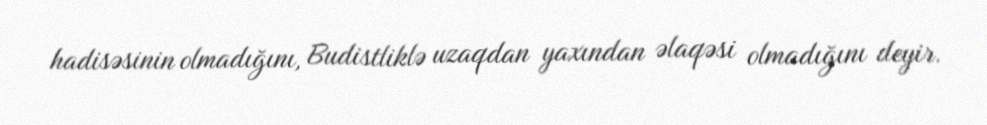
hadisəsinin olmadığını, Budistliklə uzaqdan yaxından əlaqəsi olmadığını deyir.